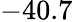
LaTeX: -40.7